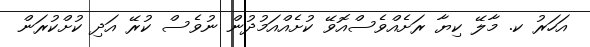
އަހަރު ކ. މާލޭ ކިޔާ ރަށެއްވެސްއޮވޭ ކުށެއްއަމުދުން ނުވެސް ކުރޭ އަދި ކުށްކުރަން